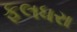
ફલધરા